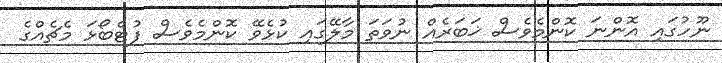
ނޫހުގައި އޮންނަ ކޮންމެވެސް ޚަބަރެއް ނުވަތަ މާލޭގައި ކުޅެވޭ ކޮންމެވެސް ފުޓްބޯޅަ މެޗެއްގެ